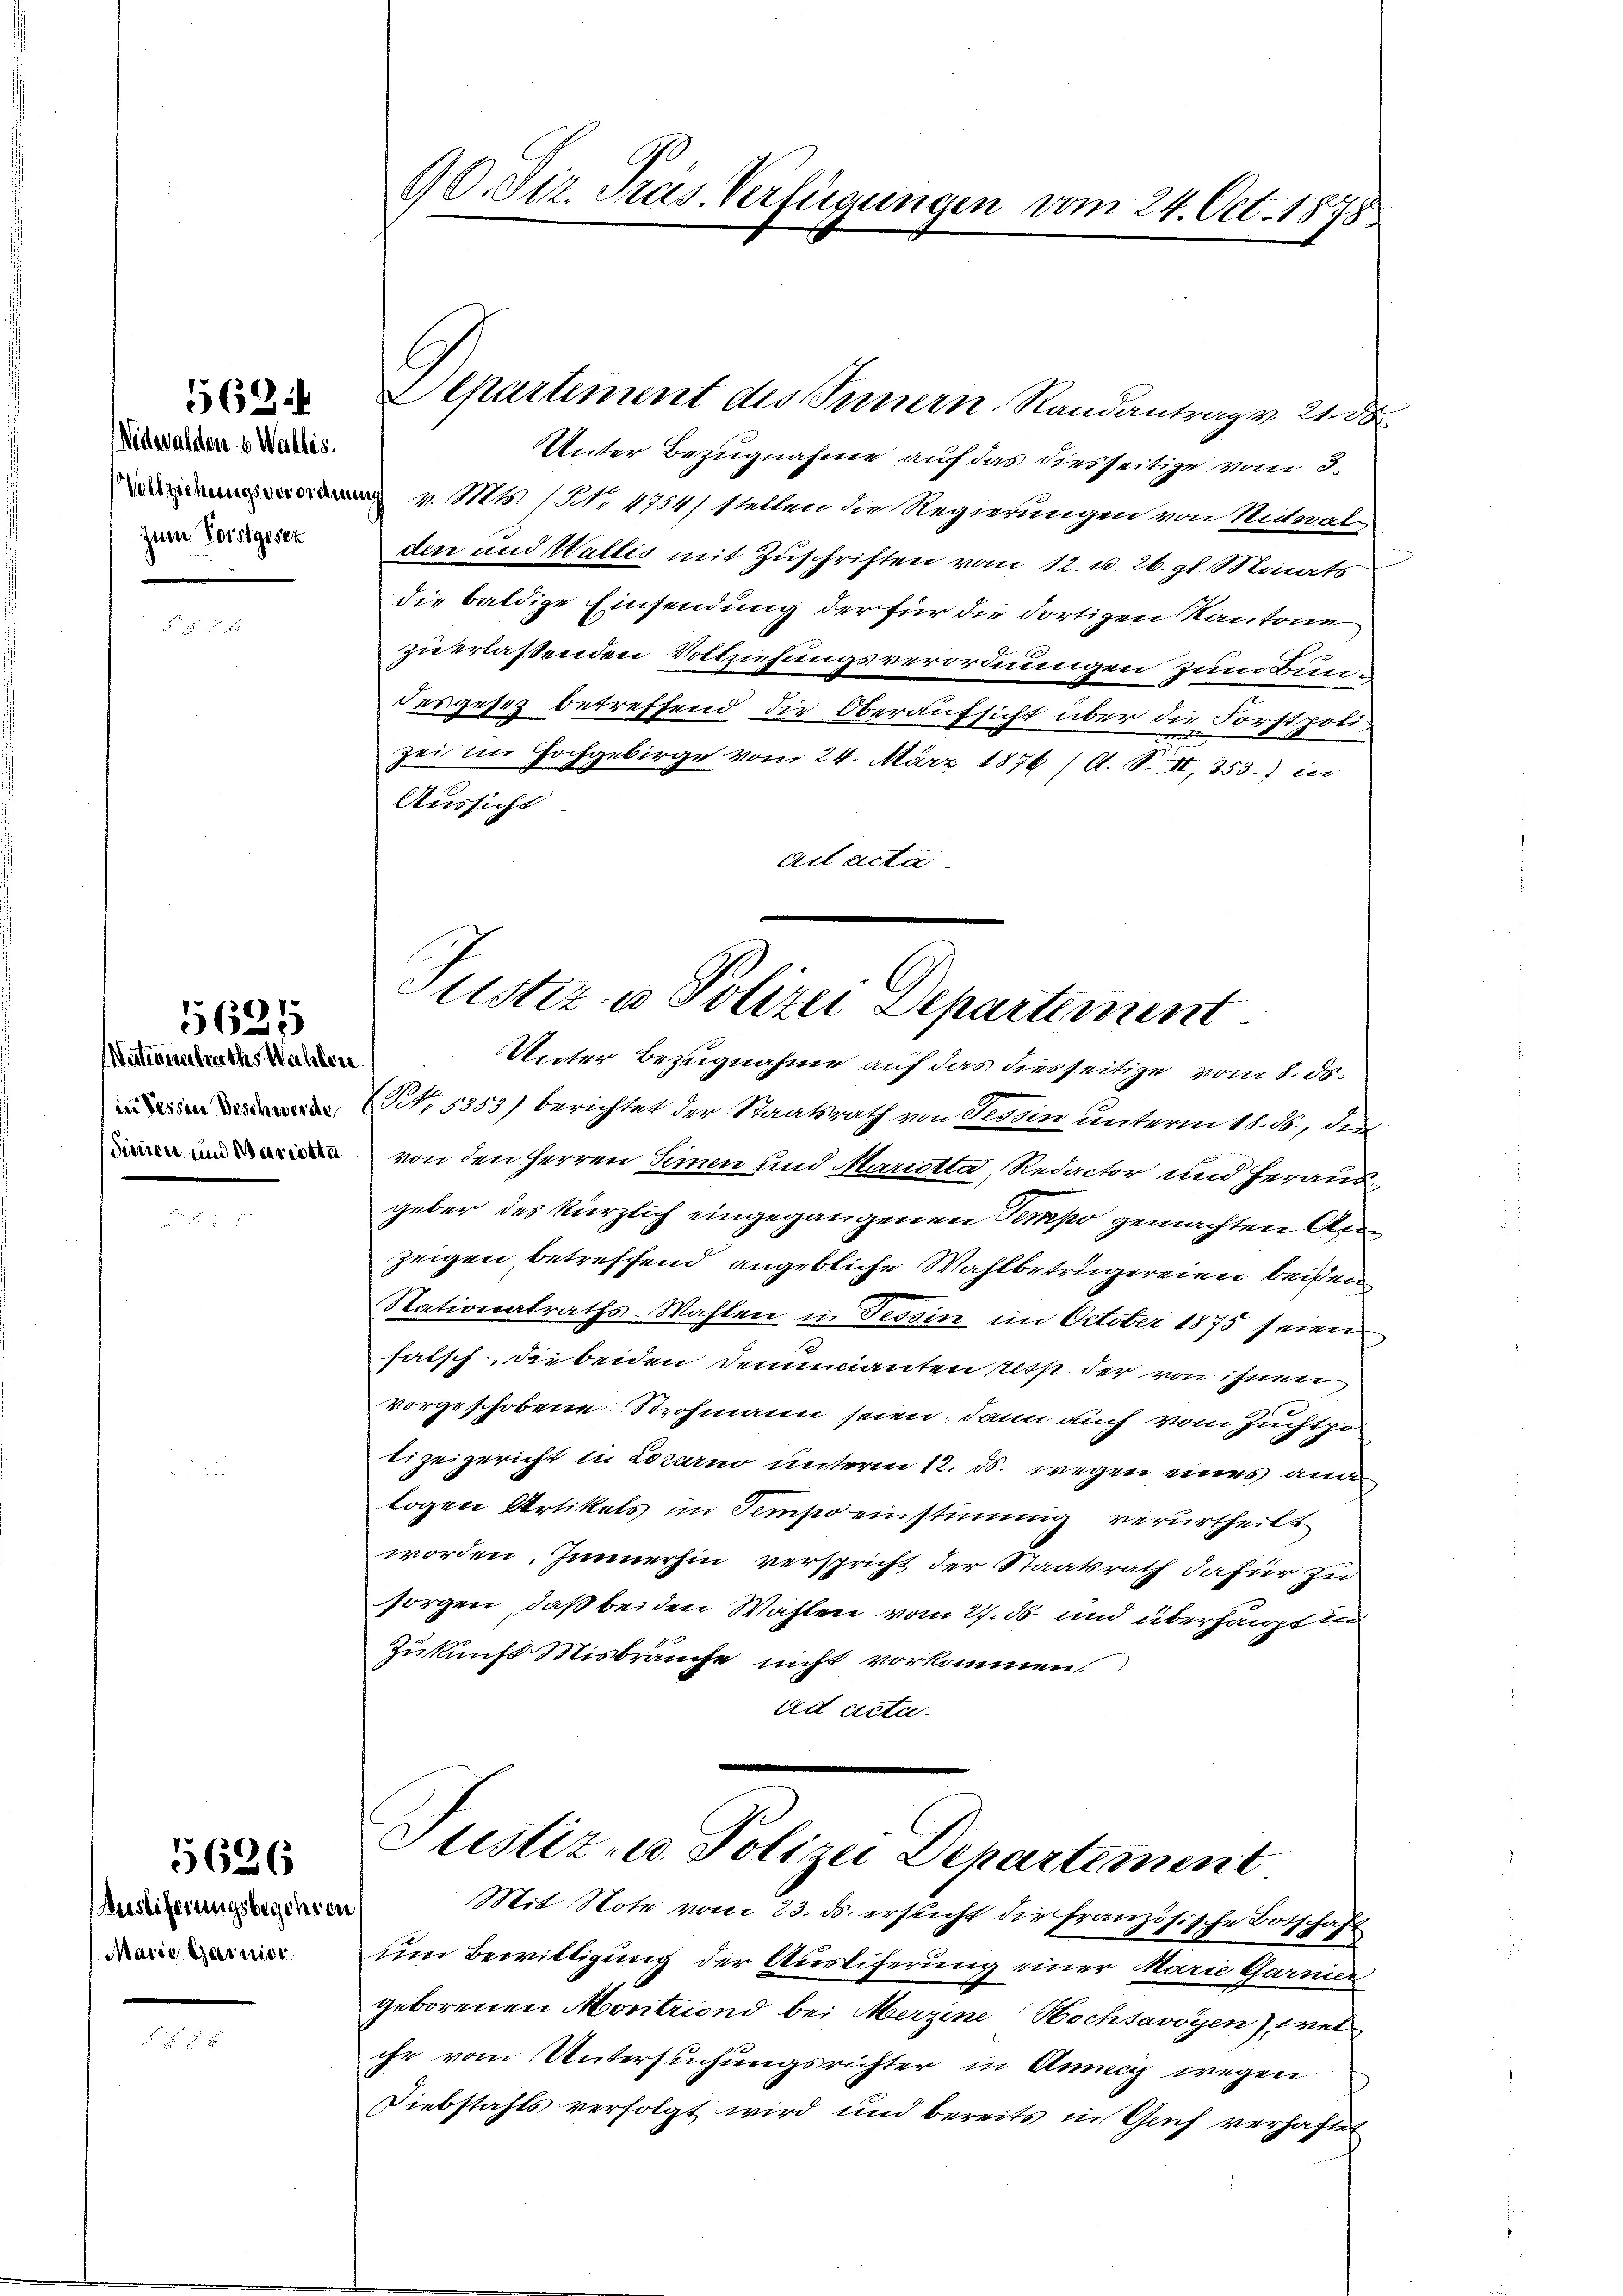
56
Nidwalden 6 Wallis.
zum Vorstgesez

Nationalurthes Wahlen.
(in dessen Beschwerde
dienen und Wescotta

5625

Auseiferungsbegehren
Marie Garnier.

5626

AD.Str. Präs. Verfügungen vom 24. Oct. 1878

Aepartement des Innern, Randantrag v. 21. 30
Unter Bezugnahme auf das diesseitige vom 3.
 v. Mts. (N. 1754) stellen die Regierungen von Nidwal
den und Wallis mit Zuschriften vom 12. u. 26. gl. Monats
die baldige Einsendung der für die dortigen Kantone
zu erlassenden Vollziehungsverordnungen zum Bundesgesetz betreffend die Oberaufsicht über die Forstpolizei im Hochgebirge vom 24. März 1876 (A. S. II, 353.) in
Aussicht
Act acta

Justiz & Polizei Departement
Unter Bezugnahme auf das diesseitige vom 8. ds.

(No. 5353) berichtet der Staatsrath von Tessin unterm 18. ds., des
von den Herren Simen und Mariotta, Redactor und heraus
geber des kürzlich eingegangenen Tempo gemachten Anzeigen betreffend angebliche Wahlbetrügereien beiden
Stationalraths-Wahlen in Tessin im October 1875 seien
falsch, die beiden Denuncianten resp. der von ihnen
vorgeschobene Strohmann seien, dann auch vom Zuchtpo
tizeigericht in Locarno unterm 12. ds. wegen eines and
logen Artikels im Sempo einstimmig verurtheilt
worden. Immerhin verspricht der Staatsrath dafür zu
sorgen, daß beiden Wahlen vom 27. ds und überhaupt in
Zukunft Misbräuche nicht vorkommen.
ad acta
Justiz u. Polizei Departement
Mit Note vom 23. ds. ersticht die Französische Botschaft
um Bewilligung der Ausliferung einer Marie Garnier
geborenen Montriond bei Merzine Hochsavoyen), wel
che vom Untersuchungsrichter in Anne wegen
Diebstahls verfolgt wird und bereits in Gruf verhaften